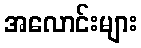
အလောင်းများ